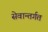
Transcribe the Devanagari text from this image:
सेवान्तर्गत